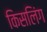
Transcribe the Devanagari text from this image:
किसलिंग